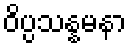
ဝိပ္ပသန္နမနာ